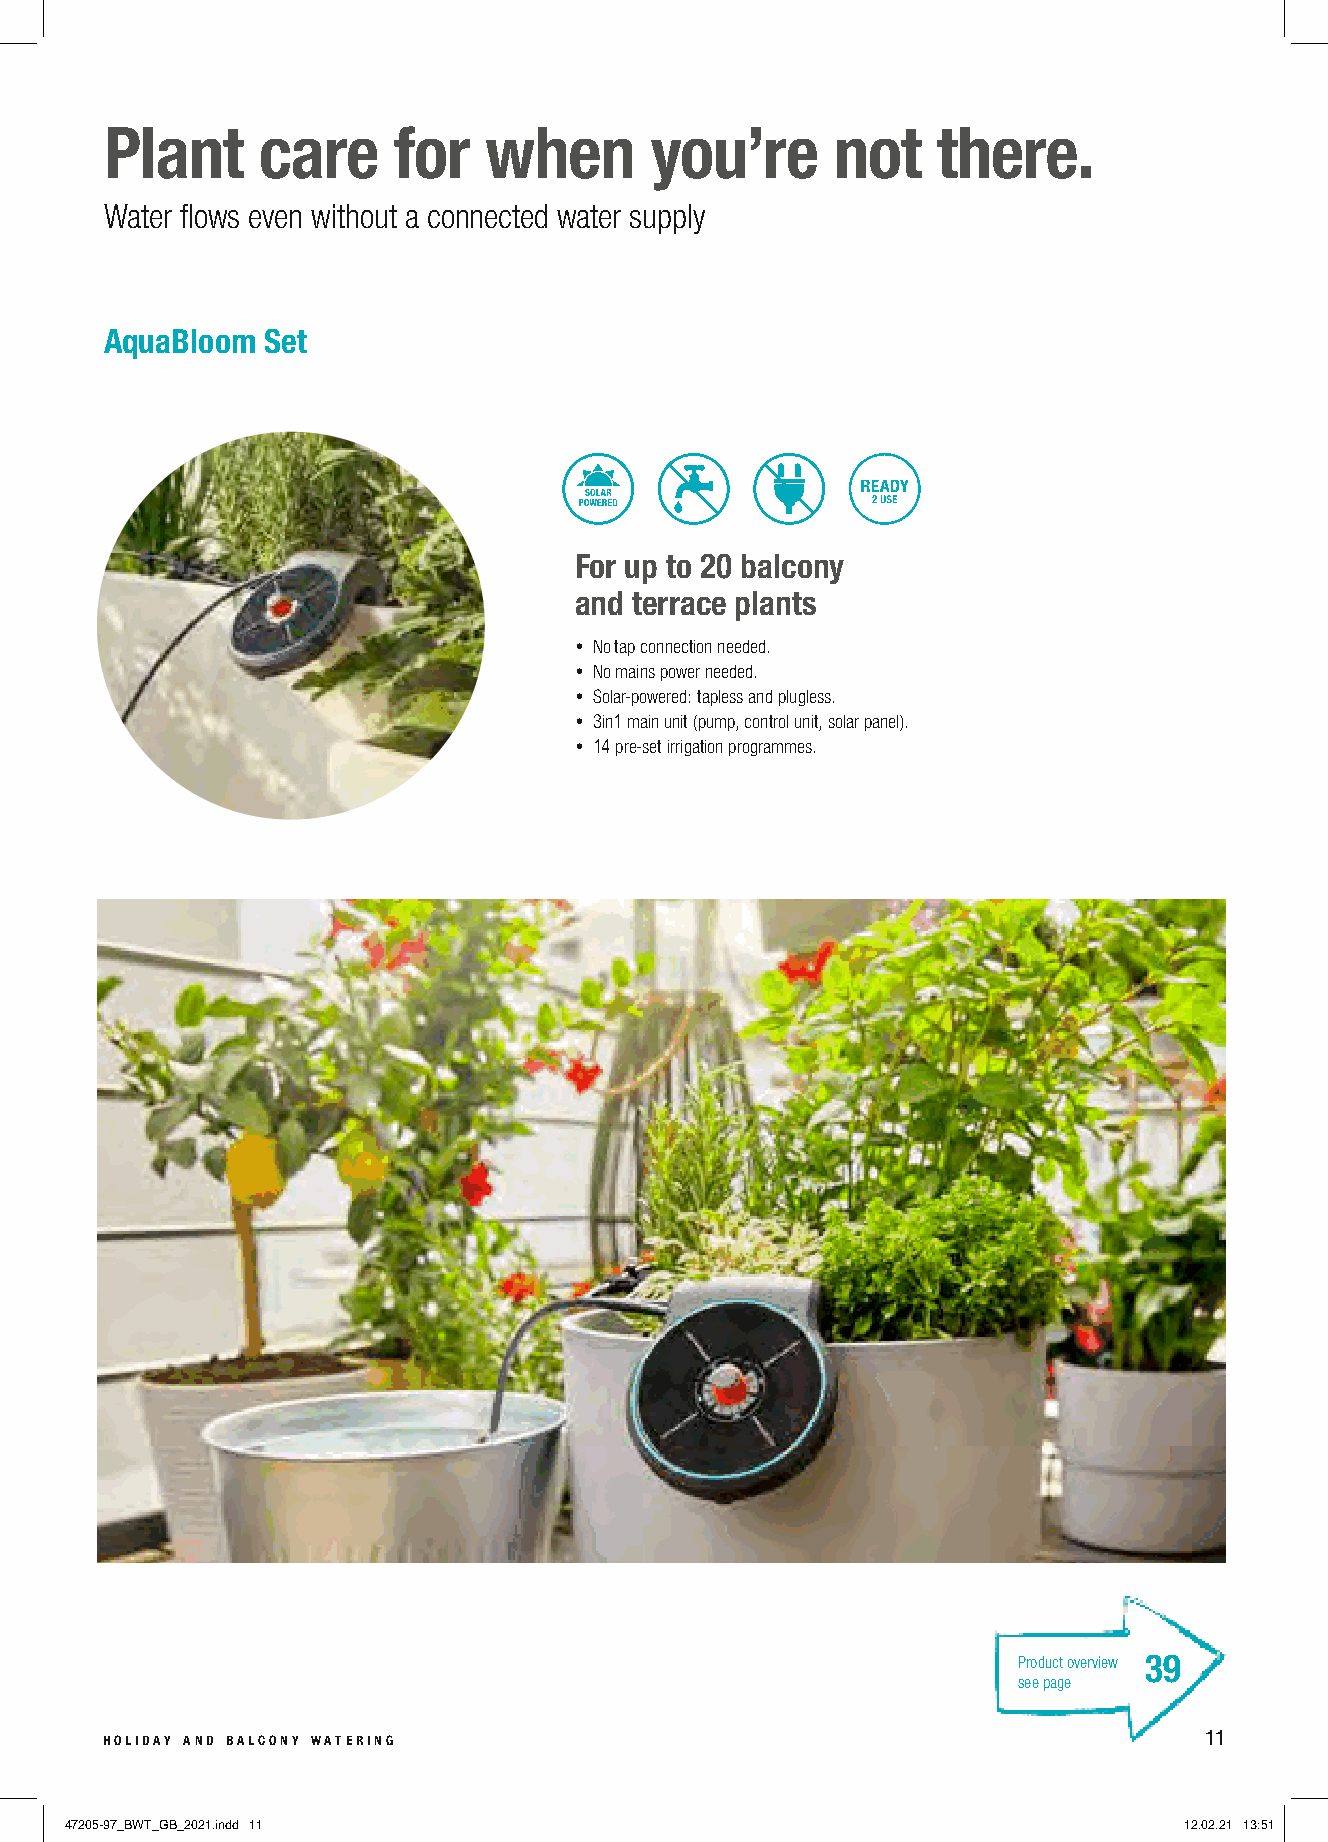
Plant     care     for   when       you’re      not    there.
 Water flows even without a connected water supply
 AquaBloom Set
 For up to 20 balcony
 and terrace plants
 • No tap connection needed .
 • No mains power needed .
 • Solar-powered: tapless and plugless .
 • 3in1 main unit (pump, control unit, solar panel).
 • 14 pre-set irrigation programmes.
 Product overview 39
 see page
 holiday and balcony watering                                             11
 47205-97_BWT_GB_2021.indd 11                                              12.02.21 13:51